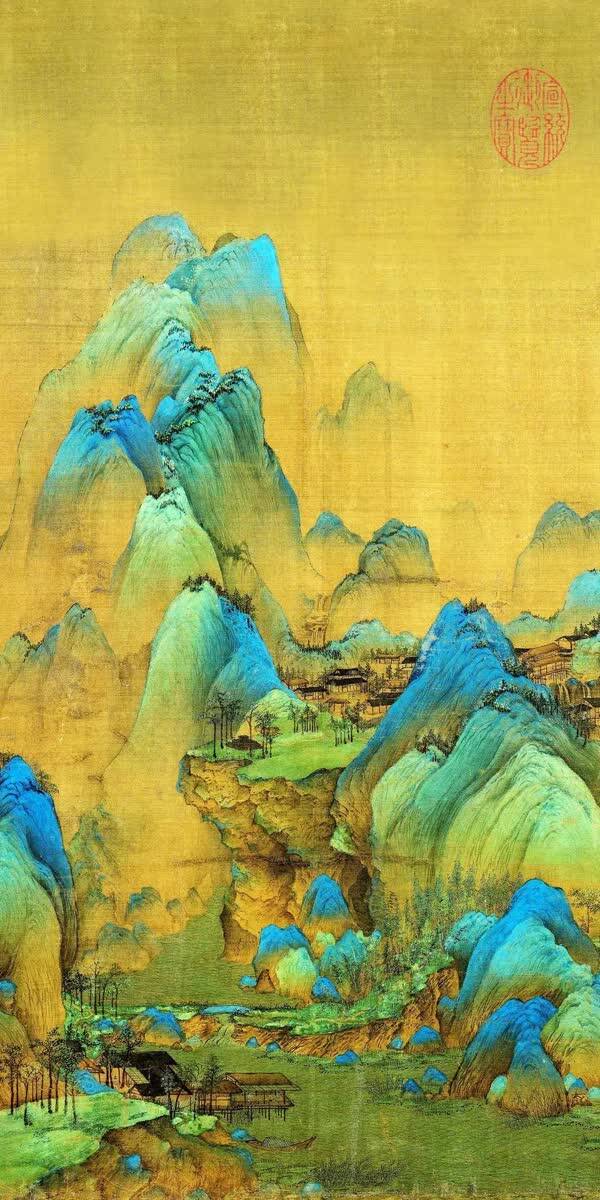
伤心千里江南，怨曲重招，断魂在否？